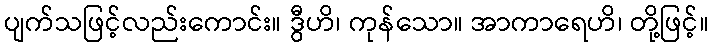
ပျက်သဖြင့်လည်းကောင်း။ ဒွီဟိ၊ ကုန်သော။ အာကာရေဟိ၊ တို့ဖြင့်။